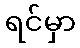
ရင်မှာ